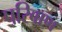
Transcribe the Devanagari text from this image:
परिवाण